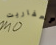
العفاريت